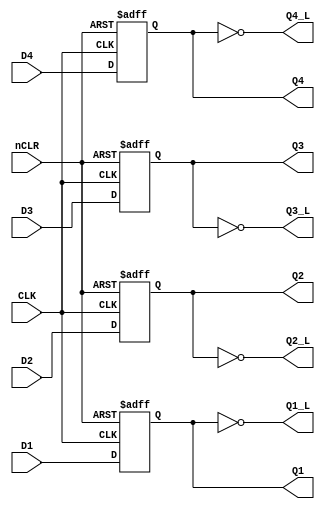
`timescale 1ns / 1ps
//////////////////////////////////////////////////////////////////////////////////
// Company: 
// 
// Design Name:    LS175
// Module Name:    system86\src\ttl\ls175.v
// Project Name:   Namco System86 simulation
// Target Devices: 
// Tool versions: 
// Description:    LS175 - Quad D-Type Flip-Flop
//
// Dependencies: 
//
// Revision: 
// Revision 0.01 - File Created
// Additional Comments: 
// License:        https://www.apache.org/licenses/LICENSE-2.0
//
//////////////////////////////////////////////////////////////////////////////////
module ls175(
        input wire CLK,
        input wire nCLR,
        input wire D1,
        input wire D2,
        input wire D3,
        input wire D4,
        output reg Q1,
        output wire Q1_L,
        output reg Q2,
        output wire Q2_L,
        output reg Q3,
        output wire Q3_L,
        output reg Q4,
        output wire Q4_L
    );

	always @(posedge CLK or negedge nCLR) begin
		if (~nCLR) begin
			Q1 <= 0;
			Q2 <= 0;
			Q3 <= 0;
			Q4 <= 0;
		end else begin
			Q1 <= D1;
			Q2 <= D2;
			Q3 <= D3;
			Q4 <= D4;
		end
	end
	
	assign Q1_L = ~Q1;	
	assign Q2_L = ~Q2;
	assign Q3_L = ~Q3;
	assign Q4_L = ~Q4;
	
endmodule